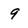
Character: 9